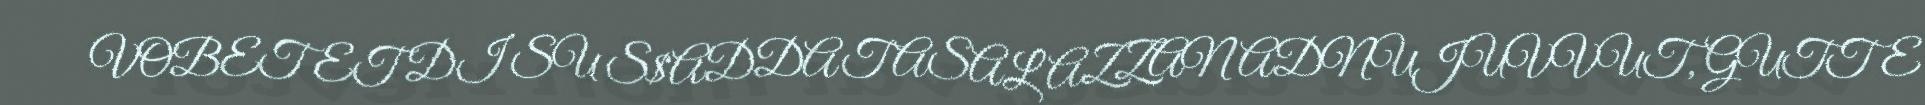
VOBETET DI SU S$ADDAT ASALAZZAN ADNUJUVVUT, GUTTE